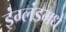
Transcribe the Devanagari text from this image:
इंग्लंडमधे